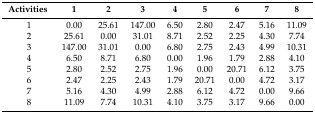
<table><thead><tr><td><b>Activities</b></td><td><b>1</b></td><td><b>2</b></td><td><b>3</b></td><td><b>4</b></td><td><b>5</b></td><td><b>6</b></td><td><b>7</b></td><td><b>8</b></td></tr></thead><tbody><tr><td>1</td><td>0.00</td><td>25.61</td><td>147.00</td><td>6.50</td><td>2.80</td><td>2.47</td><td>5.16</td><td>11.09</td></tr><tr><td>2</td><td>25.61</td><td>0.00</td><td>31.01</td><td>8.71</td><td>2.52</td><td>2.25</td><td>4.30</td><td>7.74</td></tr><tr><td>3</td><td>147.00</td><td>31.01</td><td>0.00</td><td>6.80</td><td>2.75</td><td>2.43</td><td>4.99</td><td>10.31</td></tr><tr><td>4</td><td>6.50</td><td>8.71</td><td>6.80</td><td>0.00</td><td>1.96</td><td>1.79</td><td>2.88</td><td>4.10</td></tr><tr><td>5</td><td>2.80</td><td>2.52</td><td>2.75</td><td>1.96</td><td>0.00</td><td>20.71</td><td>6.12</td><td>3.75</td></tr><tr><td>6</td><td>2.47</td><td>2.25</td><td>2.43</td><td>1.79</td><td>20.71</td><td>0.00</td><td>4.72</td><td>3.17</td></tr><tr><td>7</td><td>5.16</td><td>4.30</td><td>4.99</td><td>2.88</td><td>6.12</td><td>4.72</td><td>0.00</td><td>9.66</td></tr><tr><td>8</td><td>11.09</td><td>7.74</td><td>10.31</td><td>4.10</td><td>3.75</td><td>3.17</td><td>9.66</td><td>0.00</td></tr></tbody></table>